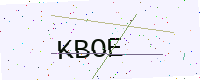
Text: KBOE